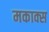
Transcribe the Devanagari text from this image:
मकाक्स